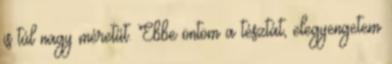
is túl nagy méretűt. Ebbe öntöm a tésztát, elegyengetem